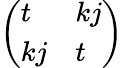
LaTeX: \begin{array}{r}{\left(\begin{array}{ll}{t}&{kj}\\ {kj}&{t}\end{array}\right)}\end{array}